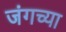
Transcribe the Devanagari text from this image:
जंगच्या